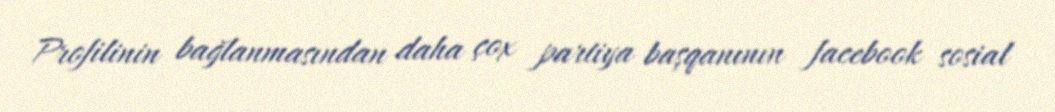
Profilinin bağlanmasından daha çox partiya başqanının facebook sosial